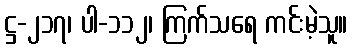
ဋ္ဌ-၂၁၇၊ ပါ-၁၁၂၊ ကြက်သရေ ကင်းမဲ့သူ။